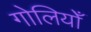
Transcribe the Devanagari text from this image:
गोलियोँ